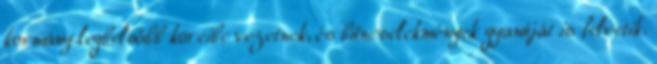
kormány legbelsőbb köreibe vezetnek, és bűncselekmények gyanúját is felvetik.